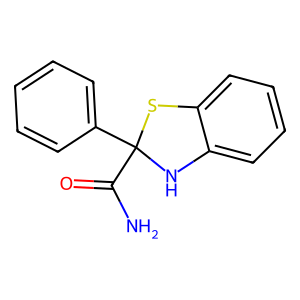
SMILES: NC(=O)C1(c2ccccc2)Nc2ccccc2S1
Inhibits HIV replication: No